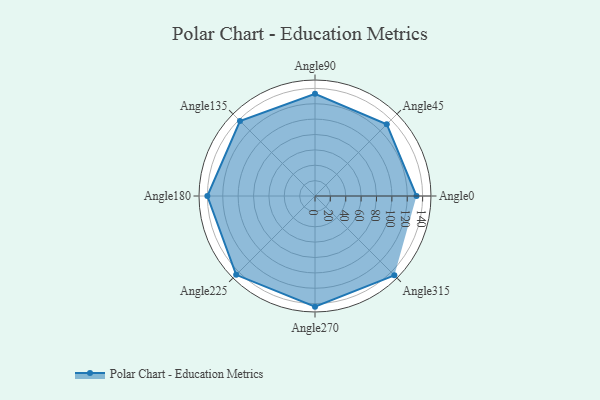
{"axis": {"x": "Angle", "y": "Radius"}, "legend": [""], "data": [{"x": "Angle0", "y": 132.0, "type": ""}, {"x": "Angle45", "y": 132.0, "type": ""}, {"x": "Angle90", "y": 133.0, "type": ""}, {"x": "Angle135", "y": 138.0, "type": ""}, {"x": "Angle180", "y": 140.0, "type": ""}, {"x": "Angle225", "y": 145.0, "type": ""}, {"x": "Angle270", "y": 144.0, "type": ""}, {"x": "Angle315", "y": 146.0, "type": ""}]}